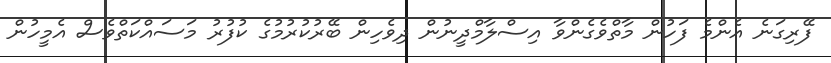
ފޭރިގަނެ އެންމެ ފަހުން މާތްވެގެންވާ އިސްލާމްދީނުން ދިވެހިން ބޭރުކުރުމުގެ ކުފުރު މަސައްކަތްވެސް އެމީހުން